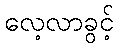
လေ့လာခွင့်